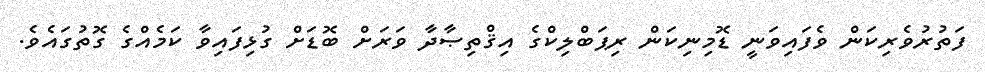
ފަތުރުވެރިކަން ވެފައިވަނީ ޑޮމިނިކަން ރިޕަބްލިކްގެ އިޤްތިޞާދާ ވަރަށް ބޮޑަށް ގުޅިފައިވާ ކަމެއްގެ ގޮތުގައެވެ.